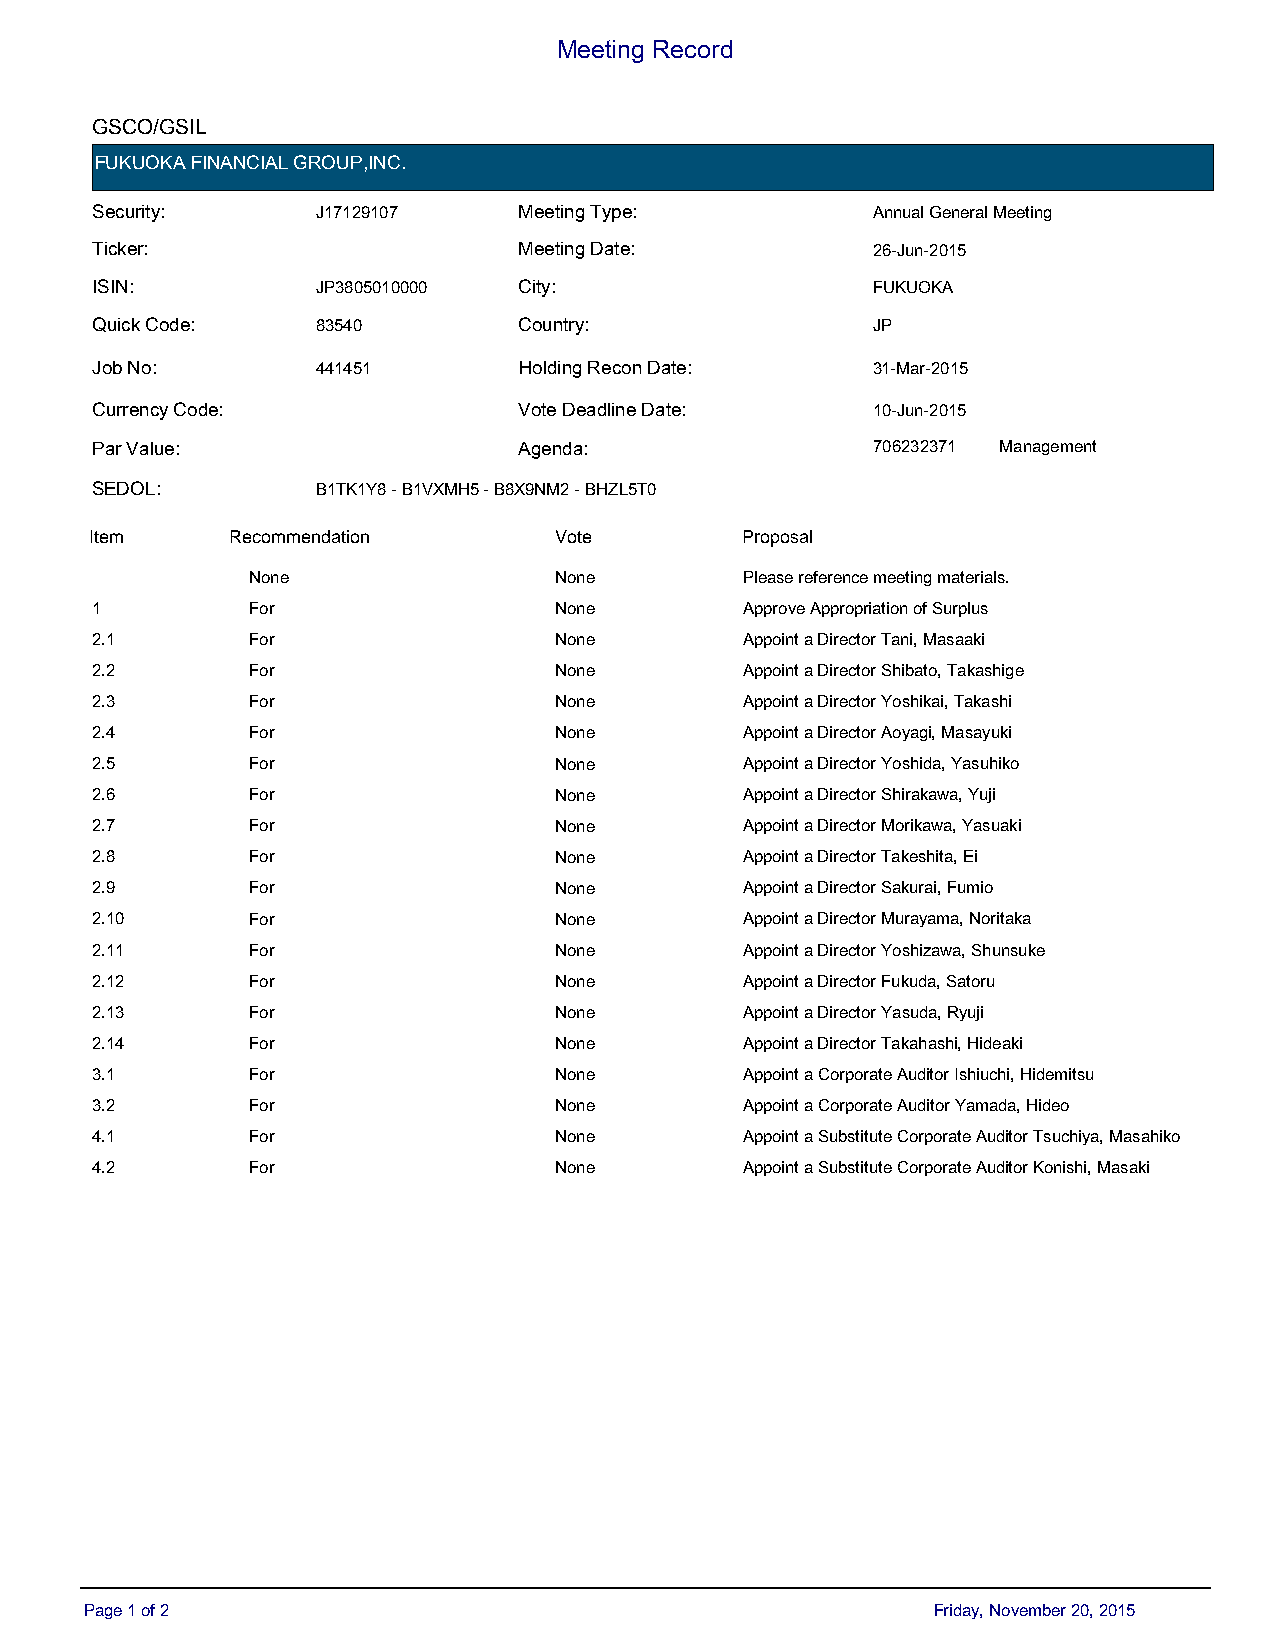
Meeting Record
 GSCO/GSIL
 FUKUOKA FINANCIAL GROUP,INC.
 Security:      J17129107    Meeting Type:           Annual General Meeting
 Ticker:                     Meeting Date:           26-Jun-2015
 ISIN:          JP3805010000 City:                   FUKUOKA
 Quick Code:    83540        Country:                JP
 Job No:        441451       Holding Recon Date:     31-Mar-2015
 Currency Code:              Vote Deadline Date:     10-Jun-2015
 Par Value:                  Agenda:                 706232371 Management
 SEDOL:         B1TK1Y8 - B1VXMH5 - B8X9NM2 - BHZL5T0
 IItteemm ReRcoemcommemndeantdioant i o n VDoetfea u l t V o t e PPrrooppoossaall
 None                 None        Please reference meeting materials.
 1         For                  None        Approve Appropriation of Surplus
 2.1       For                  None        Appoint a Director Tani, Masaaki
 2.2       For                  None        Appoint a Director Shibato, Takashige
 2.3       For                  None        Appoint a Director Yoshikai, Takashi
 2.4       For                  None        Appoint a Director Aoyagi, Masayuki
 2.5       For                  None        Appoint a Director Yoshida, Yasuhiko
 2.6       For                  None        Appoint a Director Shirakawa, Yuji
 2.7       For                  None        Appoint a Director Morikawa, Yasuaki
 2.8       For                  None        Appoint a Director Takeshita, Ei
 2.9       For                  None        Appoint a Director Sakurai, Fumio
 2.10      For                  None        Appoint a Director Murayama, Noritaka
 2.11      For                  None        Appoint a Director Yoshizawa, Shunsuke
 2.12      For                  None        Appoint a Director Fukuda, Satoru
 2.13      For                  None        Appoint a Director Yasuda, Ryuji
 2.14      For                  None        Appoint a Director Takahashi, Hideaki
 3.1       For                  None        Appoint a Corporate Auditor Ishiuchi, Hidemitsu
 3.2       For                  None        Appoint a Corporate Auditor Yamada, Hideo
 4.1       For                  None        Appoint a Substitute Corporate Auditor Tsuchiya, Masahiko
 4.2       For                  None        Appoint a Substitute Corporate Auditor Konishi, Masaki
 Page 1 of 2                                             Friday, November 20, 2015